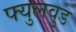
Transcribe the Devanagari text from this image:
फ्युलवुड